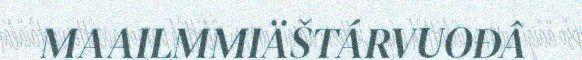
MAAILMMIÄŠTÁRVUOĐÂ